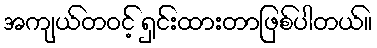
အကျယ်တဝင့် ရှင်းထားတာဖြစ်ပါတယ်။